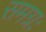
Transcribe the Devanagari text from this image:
समग्रः